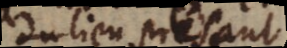
du lieu present